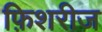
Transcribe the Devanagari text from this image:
फ़िशरीज